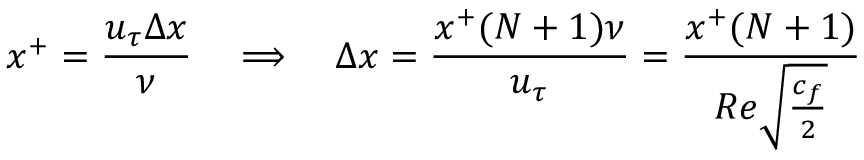
x ^ { + } = \frac { u _ { \tau } \Delta x } { \nu } \quad \Longrightarrow \quad \Delta x = \frac { x ^ { + } ( N + 1 ) \nu } { u _ { \tau } } = \frac { x ^ { + } ( N + 1 ) } { R e \sqrt { \frac { c _ { f } } { 2 } } }